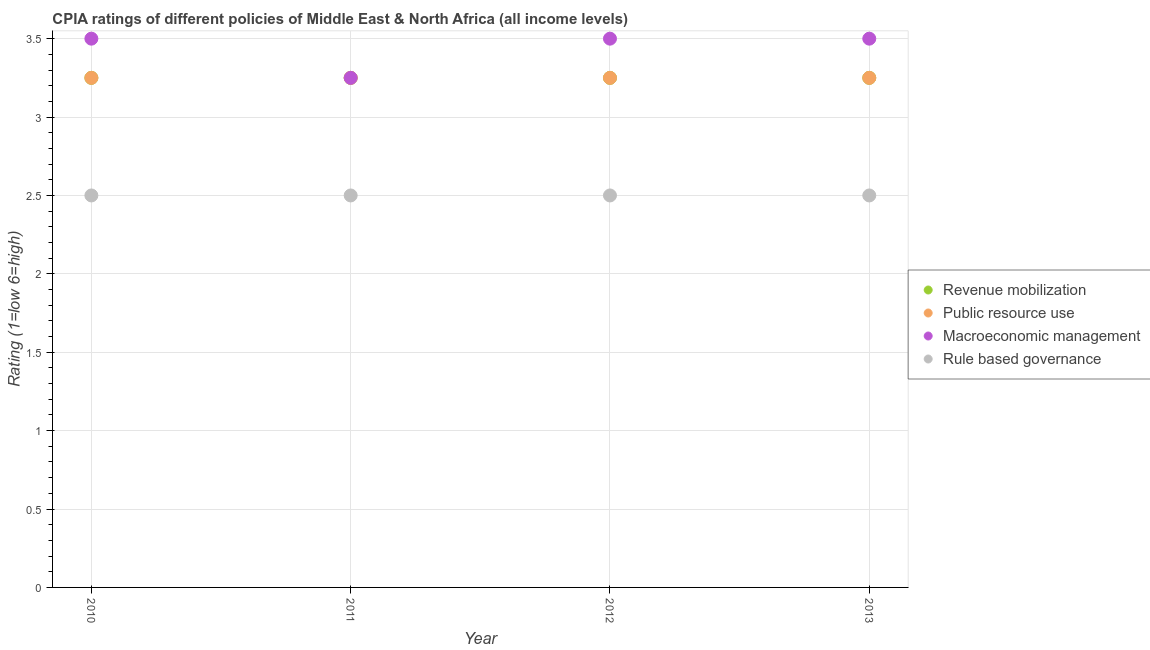
| Year | Revenue mobilization | Public resource use | Macroeconomic management | Rule based governance |
 | --- | --- | --- | --- | --- |
 | 2010 | 3.25 | 3.25 | 3.5 | 2.5 |
 | 2011 | 3.25 | 3.25 | 3.25 | 2.5 |
 | 2012 | 3.25 | 3.25 | 3.5 | 2.5 |
 | 2013 | 3.25 | 3.25 | 3.5 | 2.5 |